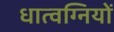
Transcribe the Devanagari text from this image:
धात्वग्नियों